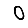
Digit: 0